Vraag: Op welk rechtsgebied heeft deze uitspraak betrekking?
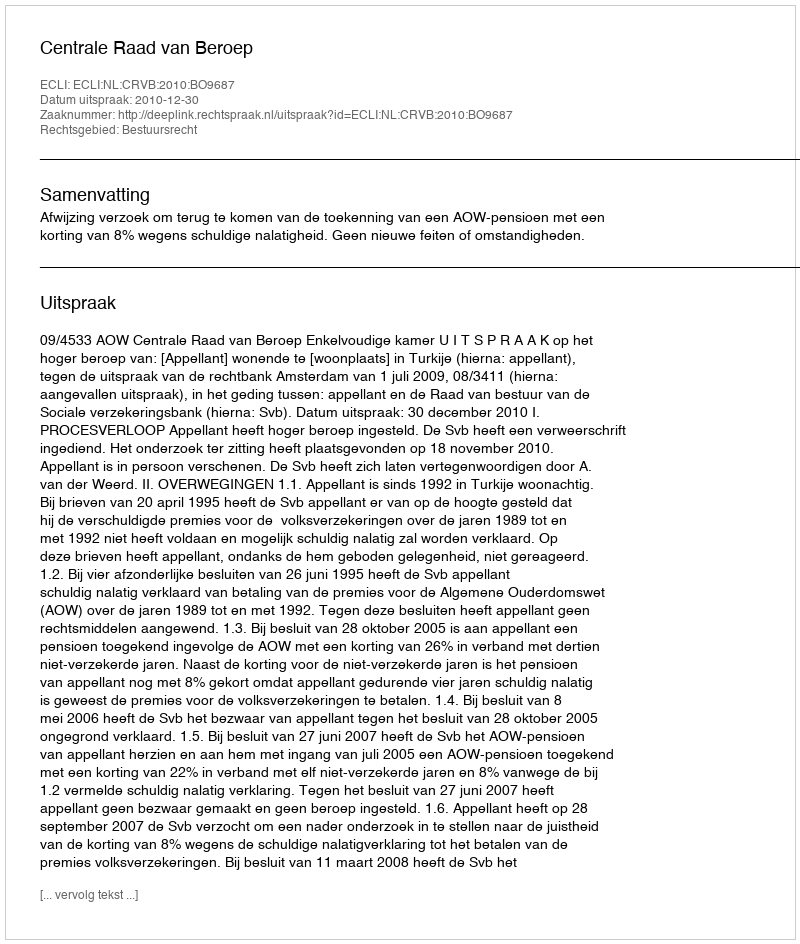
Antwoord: Bestuursrecht